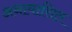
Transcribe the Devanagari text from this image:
अनावासित